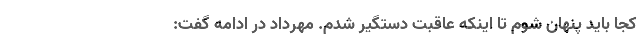
کجا باید پنهان شوم تا اینکه عاقبت دستگیر شدم. مهرداد در ادامه گفت: